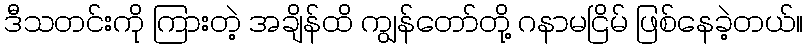
ဒီသတင်းကို ကြားတဲ့ အချိန်ထိ ကျွန်တော်တို့ ဂနာမငြိမ် ဖြစ်နေခဲ့တယ်။